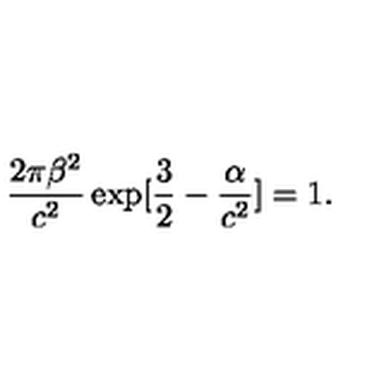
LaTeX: \frac { 2 \pi \beta ^ { 2 } } { c ^ { 2 } } \exp [ \frac { 3 } { 2 } - \frac { \alpha } { c ^ { 2 } } ] = 1 .